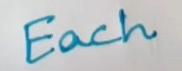
Each